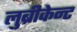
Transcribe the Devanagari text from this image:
लुब्रीकेन्ट